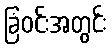
ခြံဝင်းအတွင်း